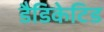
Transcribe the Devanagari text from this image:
डैडिकेटिड